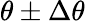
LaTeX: \theta\pm\Delta\theta